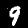
Label: 9